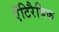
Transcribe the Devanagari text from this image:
ऐंटिरैबिक